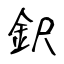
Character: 鈬